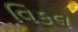
વિકલ